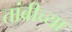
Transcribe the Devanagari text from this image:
तांबीच्या